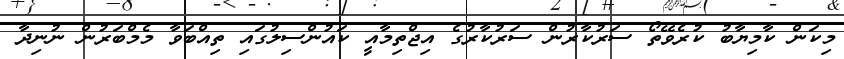
މިކަން ކާމިޔާބު ކުރެވޭތޯ ސަރުކާރުން ސަރުކާރުގެ އިޖްތިމާއީ ކައުންސިލުގައި ތިއްބަވާ މެމްބަރުން ނުނިދާ